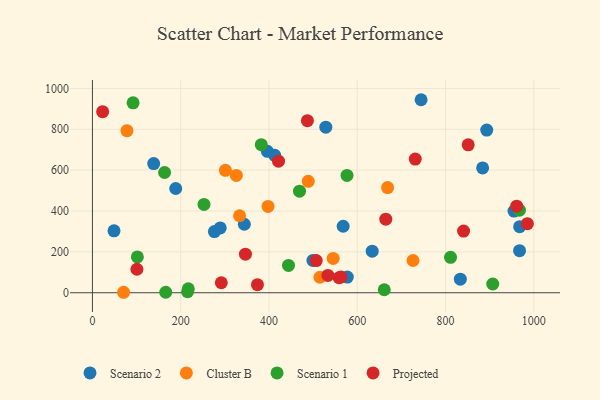
{"axis": {"x": "Engine Size", "y": "Sales"}, "legend": ["Cluster B", "Projected", "Scenario 1", "Scenario 2"], "data": [{"x": "833.6", "y": 66.3, "type": "Scenario 2"}, {"x": "967.8", "y": 206.0, "type": "Scenario 2"}, {"x": "968.0", "y": 323.4, "type": "Scenario 2"}, {"x": "893.4", "y": 796.3, "type": "Scenario 2"}, {"x": "188.7", "y": 510.2, "type": "Scenario 2"}, {"x": "289.6", "y": 317.1, "type": "Scenario 2"}, {"x": "884.1", "y": 610.6, "type": "Scenario 2"}, {"x": "528.8", "y": 810.2, "type": "Scenario 2"}, {"x": "138.8", "y": 632.0, "type": "Scenario 2"}, {"x": "955.2", "y": 399.5, "type": "Scenario 2"}, {"x": "633.9", "y": 203.2, "type": "Scenario 2"}, {"x": "48.9", "y": 303.2, "type": "Scenario 2"}, {"x": "568.1", "y": 325.4, "type": "Scenario 2"}, {"x": "276.4", "y": 299.5, "type": "Scenario 2"}, {"x": "396.4", "y": 691.9, "type": "Scenario 2"}, {"x": "744.7", "y": 944.6, "type": "Scenario 2"}, {"x": "413.0", "y": 672.7, "type": "Scenario 2"}, {"x": "499.6", "y": 158.1, "type": "Scenario 2"}, {"x": "344.2", "y": 335.3, "type": "Scenario 2"}, {"x": "577.5", "y": 76.7, "type": "Scenario 2"}, {"x": "333.4", "y": 376.9, "type": "Cluster B"}, {"x": "397.9", "y": 422.3, "type": "Cluster B"}, {"x": "301.3", "y": 599.2, "type": "Cluster B"}, {"x": "545.5", "y": 168.1, "type": "Cluster B"}, {"x": "668.8", "y": 514.6, "type": "Cluster B"}, {"x": "78.2", "y": 792.9, "type": "Cluster B"}, {"x": "515.4", "y": 75.9, "type": "Cluster B"}, {"x": "326.1", "y": 574.3, "type": "Cluster B"}, {"x": "726.4", "y": 157.9, "type": "Cluster B"}, {"x": "70.6", "y": 2.3, "type": "Cluster B"}, {"x": "489.0", "y": 545.2, "type": "Cluster B"}, {"x": "215.6", "y": 4.8, "type": "Scenario 1"}, {"x": "907.0", "y": 42.9, "type": "Scenario 1"}, {"x": "252.8", "y": 432.1, "type": "Scenario 1"}, {"x": "163.5", "y": 588.5, "type": "Scenario 1"}, {"x": "811.4", "y": 173.4, "type": "Scenario 1"}, {"x": "382.6", "y": 724.8, "type": "Scenario 1"}, {"x": "469.2", "y": 496.9, "type": "Scenario 1"}, {"x": "576.8", "y": 573.9, "type": "Scenario 1"}, {"x": "661.2", "y": 14.6, "type": "Scenario 1"}, {"x": "217.2", "y": 19.4, "type": "Scenario 1"}, {"x": "92.1", "y": 929.5, "type": "Scenario 1"}, {"x": "444.2", "y": 133.5, "type": "Scenario 1"}, {"x": "967.5", "y": 404.2, "type": "Scenario 1"}, {"x": "101.8", "y": 175.5, "type": "Scenario 1"}, {"x": "166.1", "y": 2.4, "type": "Scenario 1"}, {"x": "100.8", "y": 115.0, "type": "Projected"}, {"x": "961.3", "y": 423.8, "type": "Projected"}, {"x": "507.1", "y": 157.4, "type": "Projected"}, {"x": "664.7", "y": 359.9, "type": "Projected"}, {"x": "985.5", "y": 338.2, "type": "Projected"}, {"x": "840.9", "y": 301.7, "type": "Projected"}, {"x": "487.1", "y": 842.3, "type": "Projected"}, {"x": "373.9", "y": 39.6, "type": "Projected"}, {"x": "563.1", "y": 77.5, "type": "Projected"}, {"x": "851.4", "y": 723.7, "type": "Projected"}, {"x": "292.0", "y": 49.0, "type": "Projected"}, {"x": "731.5", "y": 654.2, "type": "Projected"}, {"x": "421.6", "y": 643.9, "type": "Projected"}, {"x": "23.1", "y": 885.9, "type": "Projected"}, {"x": "346.7", "y": 188.7, "type": "Projected"}, {"x": "558.8", "y": 73.4, "type": "Projected"}, {"x": "533.6", "y": 84.9, "type": "Projected"}]}